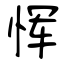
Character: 恽